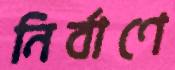
নির্বাণে